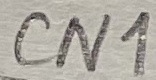
Text: CN1